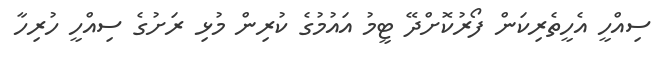
ސިއްހީ އެހީތެރިކަން ފޯރުކޮށްދޭ ޓީމު އައުމުގެ ކުރިން މުޅި ރަށުގެ ސިއްހީ ހުރިހާ